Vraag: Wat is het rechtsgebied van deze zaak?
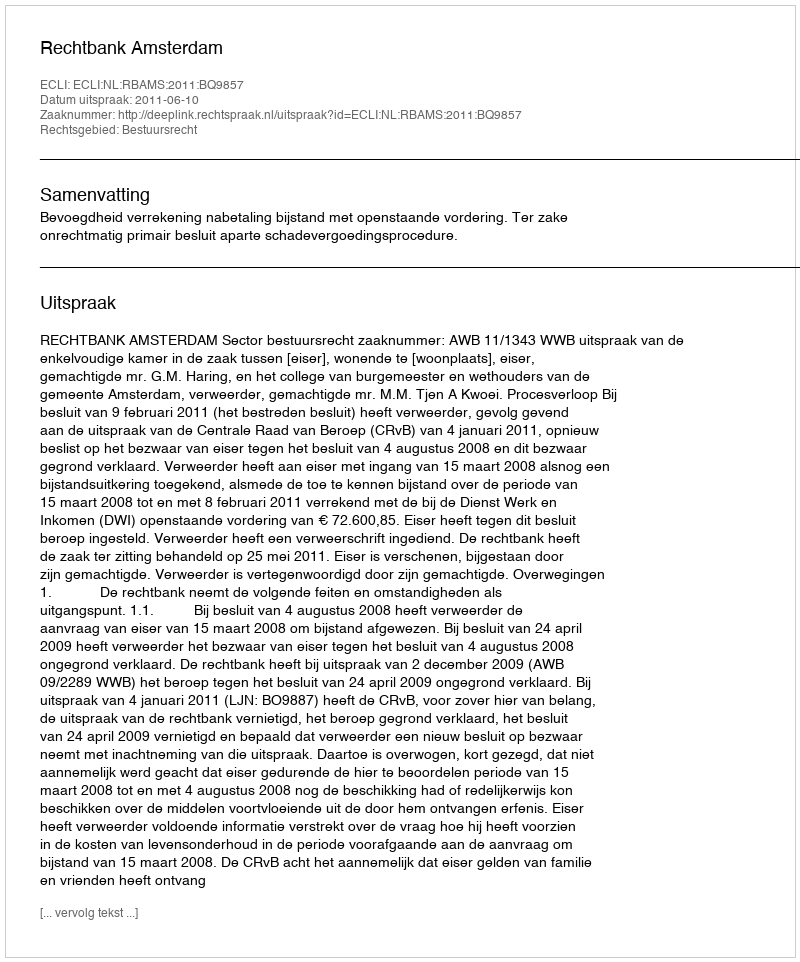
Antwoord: Bestuursrecht